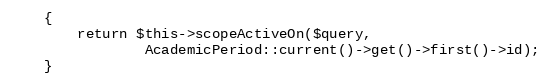
Language: PHP
    {
        return $this->scopeActiveOn($query,
                AcademicPeriod::current()->get()->first()->id);
    }